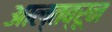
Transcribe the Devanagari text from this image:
आल्तब्रून